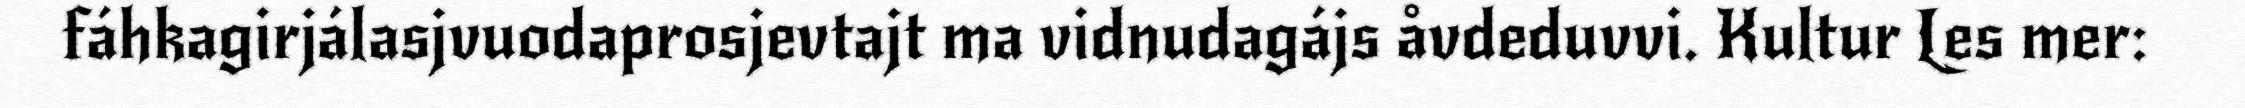
fáhkagirjálasjvuodaprosjevtajt ma vidnudagájs åvdeduvvi. Kultur Les mer: